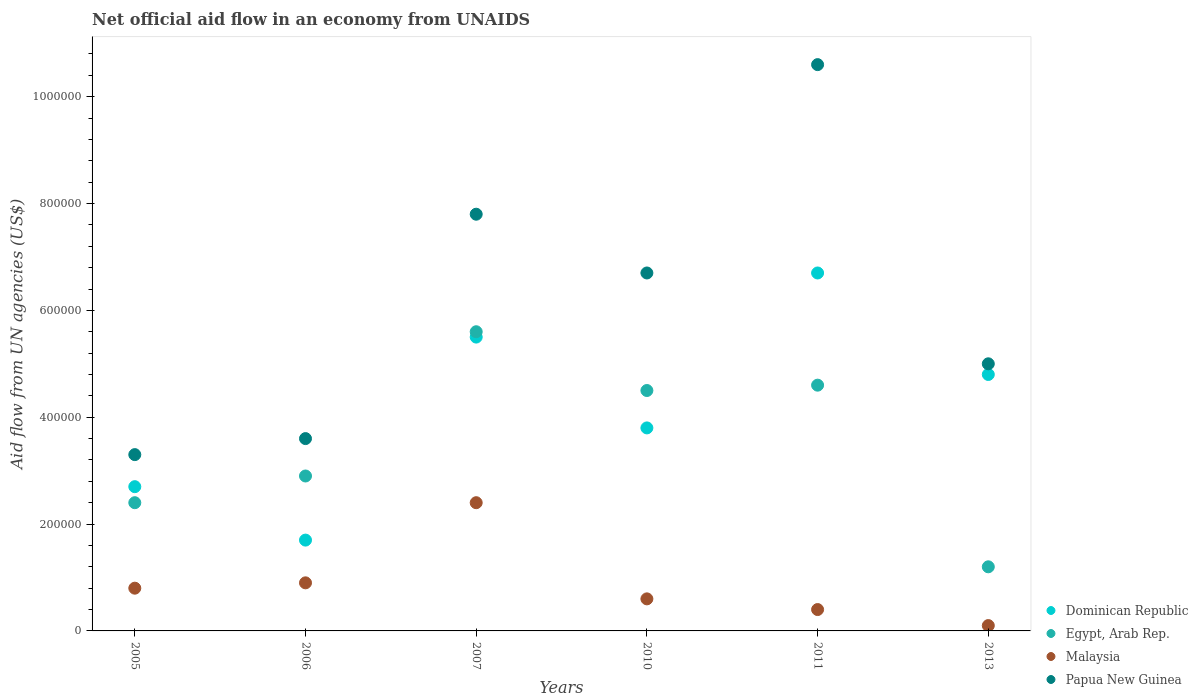
| Years | Dominican Republic | Egypt, Arab Rep. | Malaysia | Papua New Guinea |
 | --- | --- | --- | --- | --- |
 | 2005 | 2.7e+05 | 2.4e+05 | 8e+04 | 3.3e+05 |
 | 2006 | 1.7e+05 | 2.9e+05 | 9e+04 | 3.6e+05 |
 | 2007 | 5.5e+05 | 5.6e+05 | 2.4e+05 | 7.8e+05 |
 | 2010 | 3.8e+05 | 4.5e+05 | 6e+04 | 6.7e+05 |
 | 2011 | 6.7e+05 | 4.6e+05 | 4e+04 | 1.06e+06 |
 | 2013 | 4.8e+05 | 1.2e+05 | 1e+04 | 5e+05 |